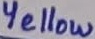
Text: Yellow